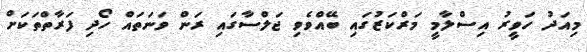
މިއަދު ހަވީރު އިސްލާމީ މަރްކަޒުގައި ބޭއްވެވި ޖަލްސާގައި ރަން ވަނަތައް ހޯދި ފަރާތްތަކަށް